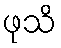
ဖုသိ